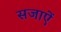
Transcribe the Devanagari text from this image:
सजाएें